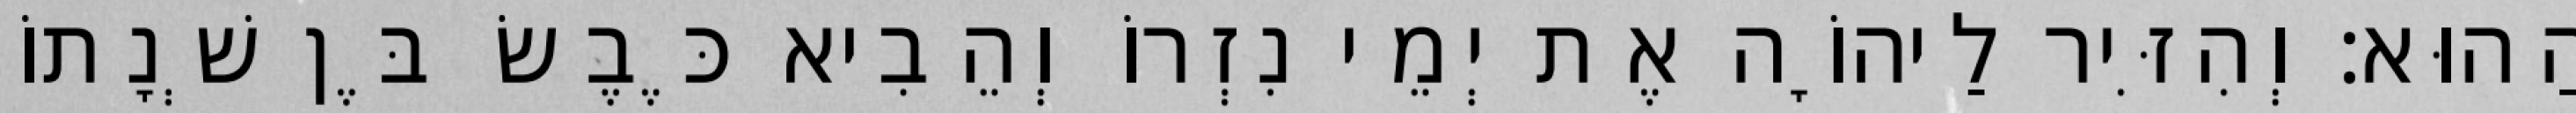
הַהוּא׃ וְהִזִּיר לַיהוָֹה אֶת יְמֵי נִזְרוֹ וְהֵבִיא כֶּבֶשׂ בֶּן שְׁנָתוֹ